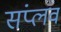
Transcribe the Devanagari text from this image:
संप्लव